Vaccination in Burma 1900-1911 - 1900-1911
Year: 1900
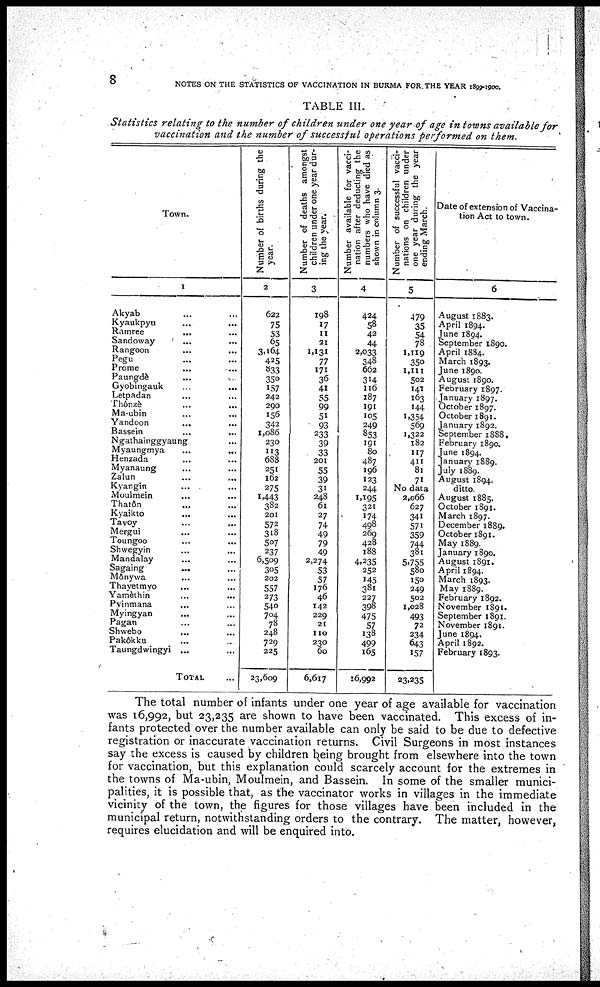
8
NOTES ON THE STATISTICS OF VACCINATION IN BURMA FOR THE YEAR 1899-1900.
TABLE III.
Statistics relating to the number of children under one year of age in towns available for
vaccination and the number of successful operations performed on them.
Town.
1
Akyab... ... ... ...
Kyaukpyu... ... ... ...
Ramree... ... ... ...
Sandoway... ... ... ...
Rangoon... ... ... ...
Pegu... ... ... ...
Prome... ... ... ...
Paungdè... ... ... ...
Gyobingauk ... ... ... ...
Letpadan... ... ... ...
Thônzè... ... ... ...
Ma-ubin... ... ... ...
Yandoon... ... ... ...
Bassein... ... ... ...
Ngathainggyaung... ... ... ...
Myaungmya... ... ... ...
Henzada... ... ... ...
Myanaung... ... ... ...
Zalun... ... ... ...
Kyangin ... ... ... ...
Moulmein... ... ... ...
Thatôn... ... ... ...
Kyaikto... ... ... ...
Tavoy... ... ... ...
Mergui... ... ... ...
Toungoo... ... ... ...
Shwegyin... ... ... ...
Mandalay... ... ... ...
Sagaing... ... ... ...
Mônywa... ... ... ...
Thayetmyo... ... ... ...
Yamèthin... ... ... ...
Pyinmana... ... ... ...
Myingyan... ... ... ...
Pagan... ... ... ...
Shwebo... ... ... ...
Pakôkku... ... ... ...
Taungdwingyi... ... ... ...
TOTAL... ... ... ...
Number of births during the
year.
2
622
75
53
65
3,164
425
833
350
157
242
290
156
342
1,086
230
113
688
251
162
275
1,443
382
201
572
318
507
237
6,509
305
202
557
273
540
704
78
248
729
225
23,609
Number of deaths amongst
children under one year dur-
ing the year.
3
198
17
11
21
1,131
77
171
36
41
55
99
51
93
233
39
33
201
55
39
31
248
61
27
74
49
79
49
2,274
53
57
176
46
142
229
21
110
230
60
6,617
Number available for vacci-
nation after deducting the
numbers who have died as
shown in column 3.
4
424
58
42
44
2,033
348
662
314
116
187
191
105
249
853
191
80
487
196
123
244
1,195
321
174
498
269
428
188
4,235
252
145
381
227
398
475
57
138
499
165
16,992
Number of successful vacci-
nations on children under
one year during the year
ending March.
5
479
35
54
78
1,119
350
1,111
502
141
163
144
1,354
569
1,322
182
117
411
81
71
No data
2,066
627
341
571
359
744
381
5,755
580
150
249
502
1,028
493
72
234
643
157
23,235
Date of extension of Vaccina-
tion Act to town.
6
August 1883.
April 1894.
June 1894.
September 1890.
April 1884.
March 1893.
June 1890.
August 1890.
February 1897.
January 1897.
October 1897.
October 1891.
January 1892.
September 1888.
February 1890.
June 1894.
January 1889.
July 1889.
August 1894.
ditto.
August 1885.
October 1891.
March 1897.
December 1889.
October 1891.
May 1889.
January 1890.
August 1891.
April 1894.
March 1893.
May 1889.
February 1892.
November 1891.
September 1891.
November 1891.
June 1894.
April 1892.
February 1893.
The total number of infants under one year of age available for vaccination
was 16,992, but 23,235 are shown to have been vaccinated. This excess of in-
fants protected over the number available can only be said to be due to defective
registration or inaccurate vaccination returns. Civil Surgeons in most instances
say the excess is caused by children being brought from elsewhere into the town
for vaccination, but this explanation could scarcely account for the extremes in
the towns of Ma-ubin, Moulmein, and Bassein. In some of the smaller munici-
palities, it is possible that, as the vaccinator works in villages in the immediate
vicinity of the town, the figures for those villages have been included in the
municipal return, notwithstanding orders to the contrary. The matter, however,
requires elucidation and will be enquired into.